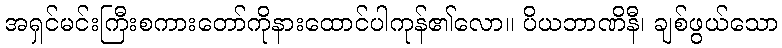
အရှင်မင်းကြီးစကားတော်ကိုနားထောင်ပါကုန်၏လော။ ပိယဘာဏိနီ၊ ချစ်ဖွယ်သော